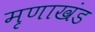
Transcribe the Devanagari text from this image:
मृणाखंड